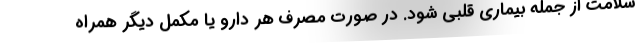
سلامت از جمله بیماری قلبی شود. در صورت مصرف هر دارو یا مکمل دیگر همراه